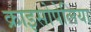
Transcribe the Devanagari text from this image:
क्राइसोपेलिया